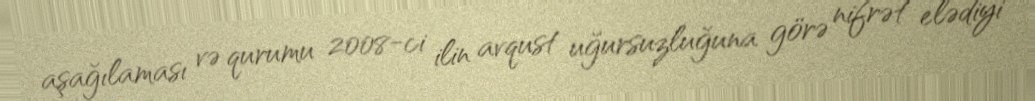
aşağılaması və qurumu 2008-ci ilin avqust uğursuzluğuna görə nifrət elədiyi